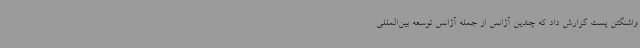
واشنگتن پست گزارش داد که چندین آژانس از جمله آژانس توسعه بین‌المللی